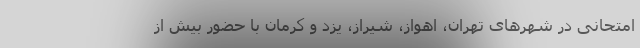
امتحانی در شهرهای تهران، اهواز، شیراز، یزد و کرمان با حضور بیش از